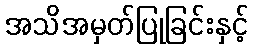
အသိအမှတ်ပြုခြင်းနှင့်